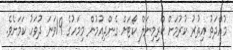
މުއްދަތު އިތުރު ކުރުމަށް ކްރިމިނަލް ކޯޓަށް ގެންދިއުމުން މިމަހުގެ 19ވަނަ ދުވަހު ކަމަށެވެ.